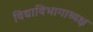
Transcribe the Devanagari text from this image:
विद्याविभागाध्यक्ष